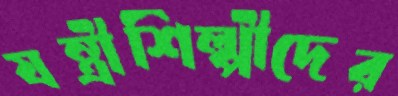
যন্ত্রীশিল্পীদের